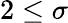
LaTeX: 2\le\sigma